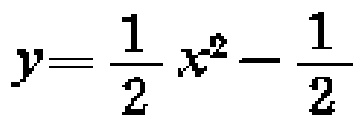
\(y=\frac{1}{2}x^{2}-\frac{1}{2}\)